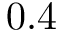
0 . 4